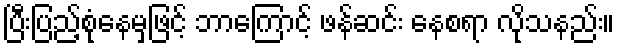
ပြီးပြည့်စုံနေမှဖြင့် ဘာကြောင့် ဖန်ဆင်း နေစရာ လိုသနည်း။